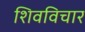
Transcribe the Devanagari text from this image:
शिवविचार